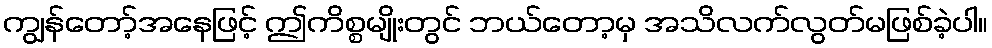
ကျွန်တော့်အနေဖြင့် ဤကိစ္စမျိုးတွင် ဘယ်တော့မှ အသိလက်လွတ်မဖြစ်ခဲ့ပါ။